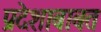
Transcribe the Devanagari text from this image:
प्रदेशाबाबत